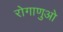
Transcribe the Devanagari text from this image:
रोगाणुओ